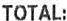
TOTAL: